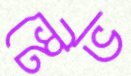
স্টেভ